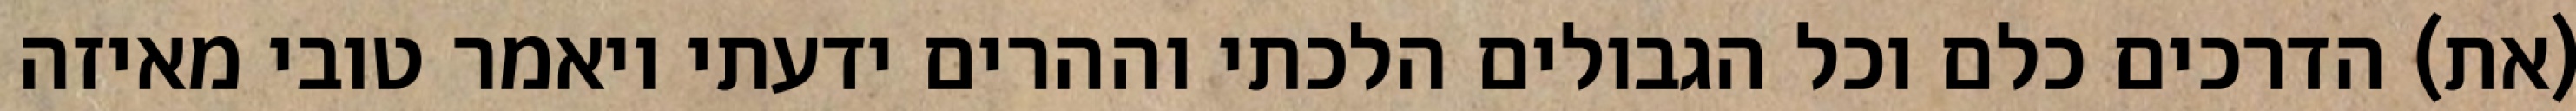
(את) הדרכים כלם וכל הגבולים הלכתי וההרים ידעתי ויאמר טובי מאיזה